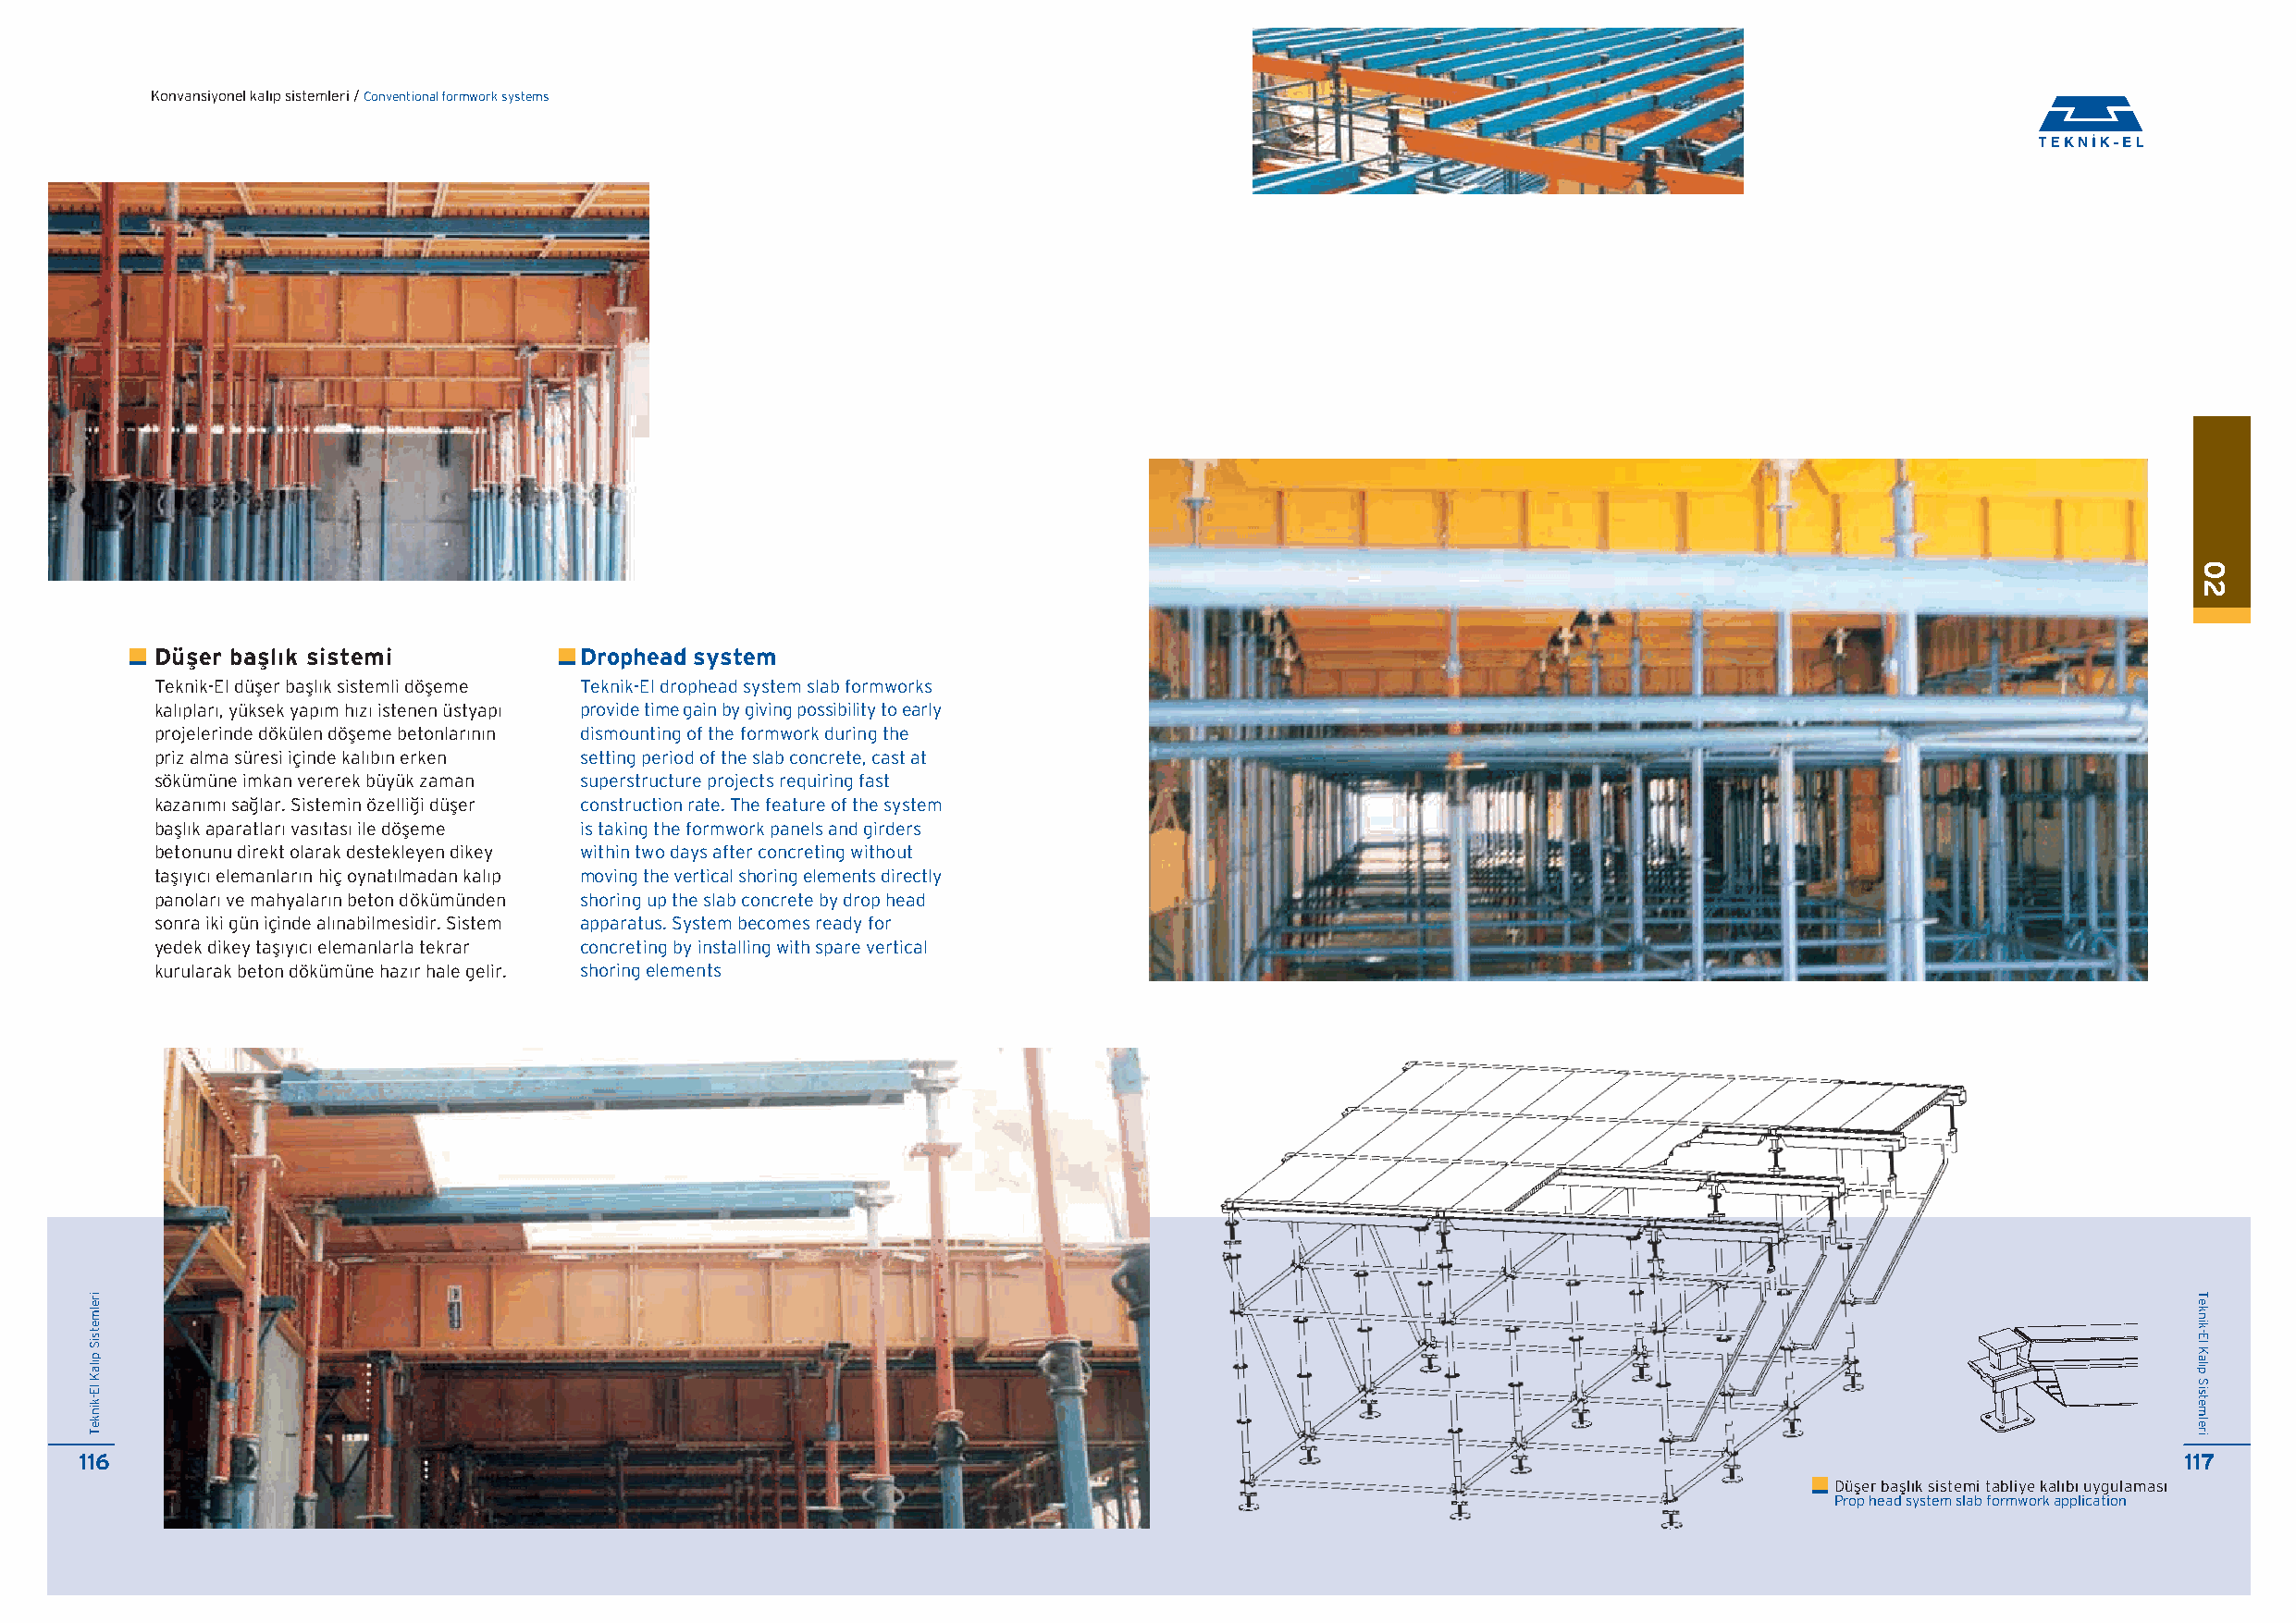
Konvansiyonel kal›p sistemleri / Conventional formwork systems
 Düfler bafll›k sistemi        Drophead system
 Teknik-El düfler bafll›k sistemli döfleme Teknik-El drophead system slab formworks
 kal›plar›, yüksek yap›m h›z› istenen üstyap› provide time gain by giving possibility to early
 projelerinde dökülen döfleme betonlar›n›n dismounting of the formwork during the
 priz alma süresi içinde kal›b›n erken setting period of the slab concrete, cast at
 sökümüne imkan vererek büyük zaman superstructure projects requiring fast
 kazan›m› sa¤lar. Sistemin özelli¤i düfler construction rate. The feature of the system
 bafll›k aparatlar› vas›tas› ile döfleme is taking the formwork panels and girders
 betonunu direkt olarak destekleyen dikey within two days after concreting without
 tafl›y›c› elemanlar›n hiç oynat›lmadan kal›p moving the vertical shoring elements directly
 panolar› ve mahyalar›n beton dökümünden shoring up the slab concrete by drop head
 sonra iki gün içinde al›nabilmesidir. Sistem apparatus. System becomes ready for
 yedek dikey tafl›y›c› elemanlarla tekrar concreting by installing with spare vertical
 kurularak beton dökümüne haz›r hale gelir. shoring elements
 116                                                                                                                                                   117
 Düfler bafll›k sistemi tabliye kal›b› uygulamas›
 Prop head system slab formwork application
 irelmetsiS
 p›laK
 lE-kinkeT
 02
 Teknik-El
 Kal›p
 Sistemleri